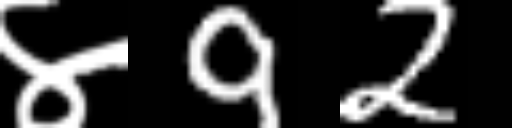
Text: ४92